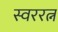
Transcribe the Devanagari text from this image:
स्वररत्न